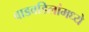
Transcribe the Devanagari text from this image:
वाडवडिलांमध्ये